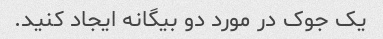
یک جوک در مورد دو بیگانه ایجاد کنید.